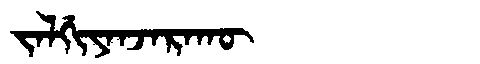
Manchu: ᠵᠠᠯᡤᡳᠶᠠᠨᠵᠠᡵᠠᡴᡡ
Romanization: JALGIYANJARAKŪ